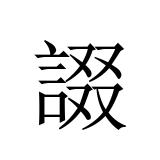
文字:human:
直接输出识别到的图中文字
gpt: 諁